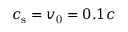
c _ { \mathrm { s } } = v _ { \mathrm { 0 } } = 0 . 1 c